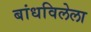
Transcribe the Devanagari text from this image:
बांधविलेला